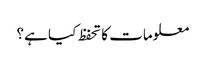
معلومات کا تحفظ کیا ہے؟